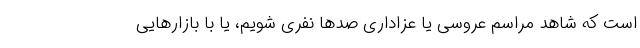
است که شاهد مراسم عروسی یا عزاداری صدها نفری شویم، یا با بازارهایی